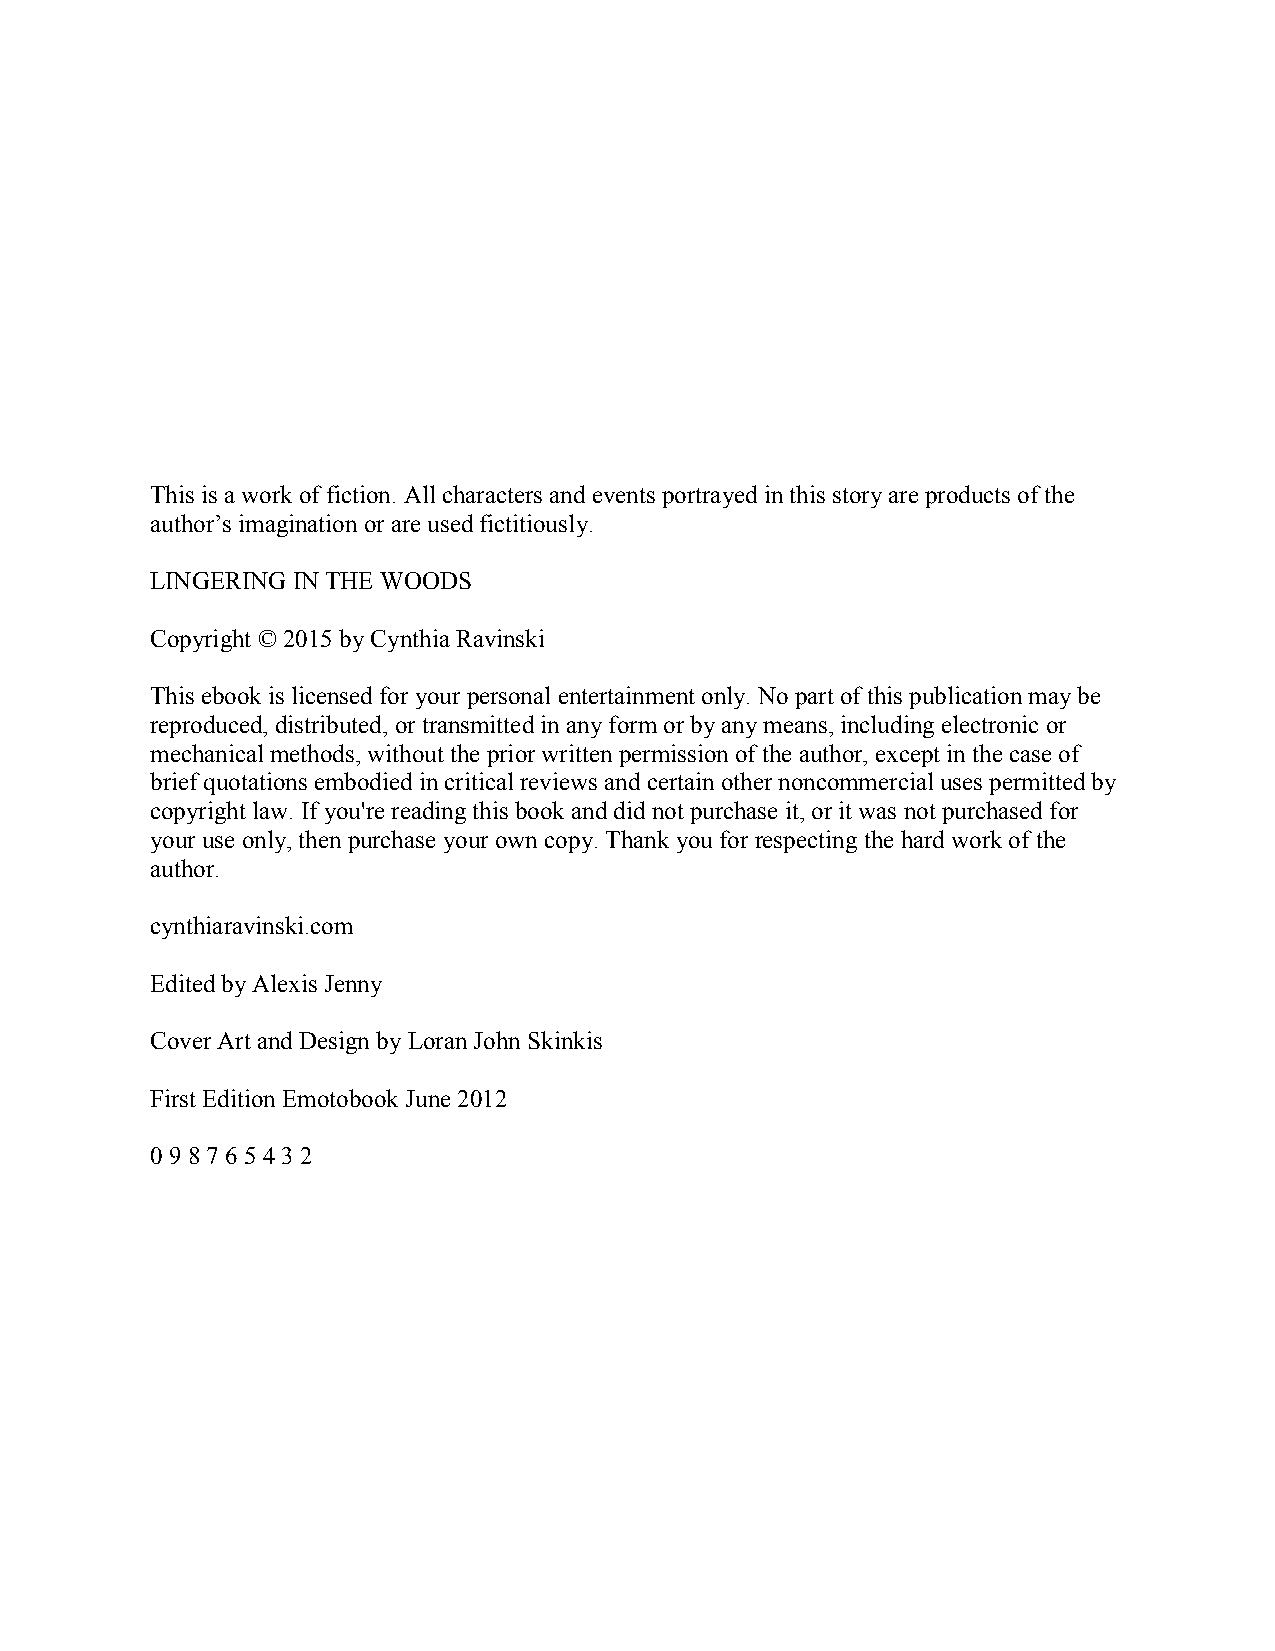
This is a work of fiction. All characters and events portrayed in this story are products of the
 author’s imagination or are used fictitiously.
 LINGERING IN THE WOODS
 Copyright © 2015 by Cynthia Ravinski
 This ebook is licensed for your personal entertainment only. No part of this publication may be
 reproduced, distributed, or transmitted in any form or by any means, including electronic or
 mechanical methods, without the prior written permission of the author, except in the case of
 brief quotations embodied in critical reviews and certain other noncommercial uses permitted by
 copyright law. If you're reading this book and did not purchase it, or it was not purchased for
 your use only, then purchase your own copy. Thank you for respecting the hard work of the
 author.
 cynthiaravinski.com
 Edited by Alexis Jenny
 Cover Art and Design by Loran John Skinkis
 First Edition Emotobook June 2012
 0 9 8 7 6 5 4 3 2